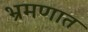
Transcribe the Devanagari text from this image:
भ्रमणात